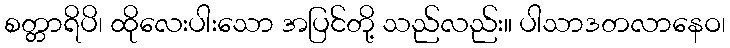
စတ္တာရိပိ၊ ထိုလေးပါးသော အပြင်တို့ သည်လည်း။ ပါသာဒတလာနေဝ၊